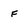
Character: F